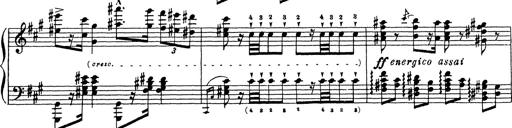
Title: Ballade No.1
Composer: Richard St. Clair